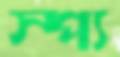
স্প্য